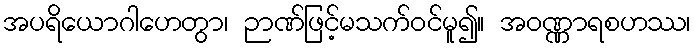
အပရိယောဂါဟေတွာ၊ ဉာဏ်ဖြင့်မသက်ဝင်မူ၍။ အဝဏ္ဏာရစဟဿ၊